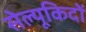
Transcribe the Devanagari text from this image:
सेल्यूकिदों